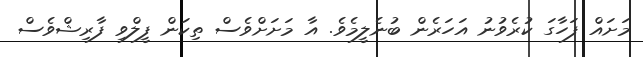
މަށައް ފަހާގަ ކުރެވުނު އަހަރެން ބުނެލީމެވެ. އާ މަށަށްވެސް ތިކަން ފީލްވި ފާރިޝްވެސް